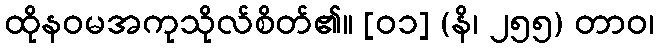
ထိုနဝမအကုသိုလ်စိတ်၏။ [၀၁] (နိ၊ ၂၅၅) တာဝ၊